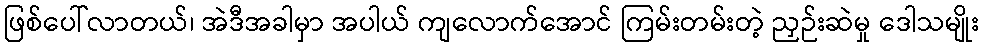
ဖြစ်ပေါ်လာတယ်၊ အဲဒီအခါမှာ အပါယ် ကျလောက်အောင် ကြမ်းတမ်းတဲ့ ညှဉ်းဆဲမှု ဒေါသမျိုး